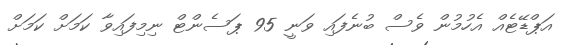
އަޕްޑޭޓެއް އެހުމުން ވެސް ބުނެފައި ވަނީ 95 ޕަސެންޓް ނިމިފައިވާ ކަމަށް ކަމަށް